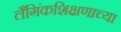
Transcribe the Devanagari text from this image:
लैंगिंकशिक्षणाच्या